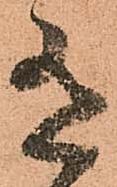
有